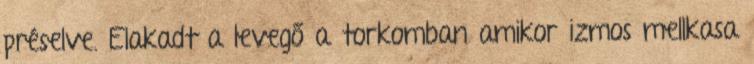
préselve. Elakadt a levegő a torkomban amikor izmos mellkasa